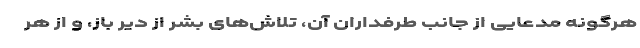
هرگونه مدعایی از جانب طرفداران آن، تلاش‌های بشر از دیر باز، و از هر